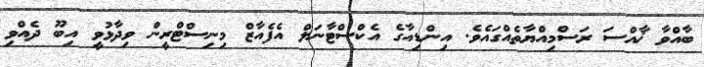
ބާއްވާ ޚާއްސަ ރަސްމިއްޔާތެއްގައެވެ. އިންޑިއާގެ އެކްސްޓާނަލް އެފެއާޒް މިނިސްޓްރީން ވިދާޅުވީ އިބޫ ދެއްވި